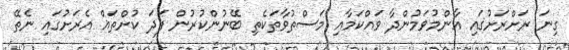
ގިނަ ރަށްރަށުގައި އާންމުވަމުންދާ ވައްކަމާއި މަސްތުވާތަކެތި ބޭނުންކުރުން ފަދަ ކުށްތައް އެރަށުގައި ނެތޭ